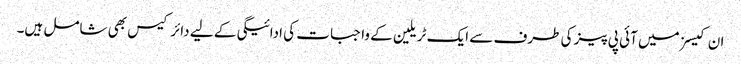
ان کیسز میں آئی پی پیز کی طرف سے ایک ٹریلین کے واجبات کی ادائیگی کے لیے دائر کیس بھی شامل ہیں۔